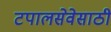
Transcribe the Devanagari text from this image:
टपालसेवेसाठी